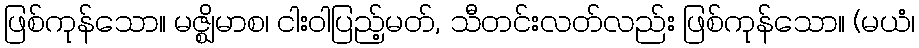
ဖြစ်ကုန်သော။ မဇ္ဈိမာစ၊ ငါးဝါပြည့်မတ်, သီတင်းလတ်လည်း ဖြစ်ကုန်သော။ (မယံ၊